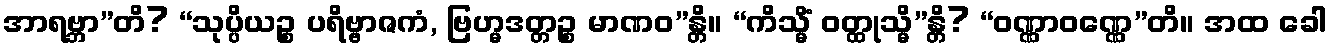
အာရဗ္ဘာ”တိ? “သုပ္ပိယဉ္စ ပရိဗ္ဗာဇကံ, ဗြဟ္မဒတ္တဉ္စ မာဏဝ”န္တိ။ “ကိသ္မိံ ဝတ္ထုသ္မိ”န္တိ? “ဝဏ္ဏာဝဏ္ဏေ”တိ။ အထ ခေါ